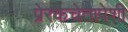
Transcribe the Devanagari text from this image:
प्रेरकचेतापेशी